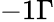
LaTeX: -1\Gamma